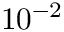
1 0 ^ { - 2 }